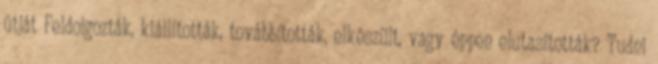
útját Feldolgozták, kiállították, továbbították, elkészült, vagy éppen elutasították? Tudni